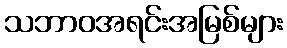
သဘာဝအရင်းအမြစ်များ